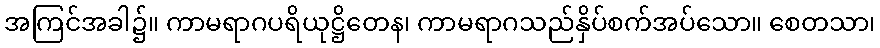
အကြင်အခါ၌။ ကာမရာဂပရိယုဋ္ဌိတေန၊ ကာမရာဂသည်နှိပ်စက်အပ်သော။ စေတသာ၊